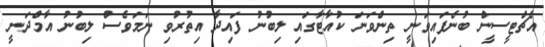
އެޗްޓީސީން ބުނެފައިވަނީ ތިންވަނަ ކުއާޓާގައި ލިބުނު ފައިދާ އިތުރުވި ނަމަވެސް ލިބުނު އާމްދަނީ